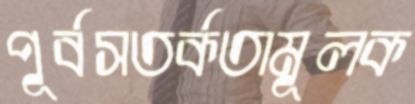
পূর্বসতর্কতামূলক